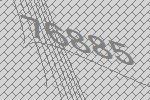
76885